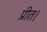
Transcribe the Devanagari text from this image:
प्रीत।